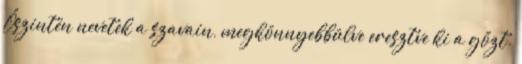
Őszintén nevetek a szavain, megkönnyebbülve eresztve ki a gőzt.